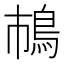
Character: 𲍞